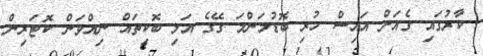
ކާރުގައި ގެއަށް އައިސް ހުރި ބޮޑުމަންމަ ގޭގެ އަލި ބޮކިތައް ނިއްވަން ކޮޓަރިން